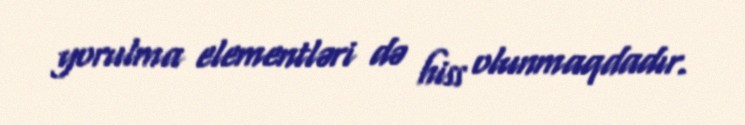
yorulma elementləri də hiss olunmaqdadır.